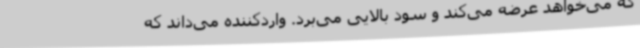
که می‌خواهد عرضه می‌کند و سود بالایی می‌برد. واردکننده می‌داند که